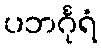
ပဘင်္ဂုရံ